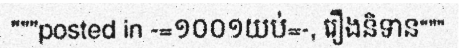
"""posted in -=១០០១យប់=-, រឿងនិទាន"""